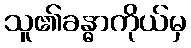
သူ၏ခန္ဓာကိုယ်မှ